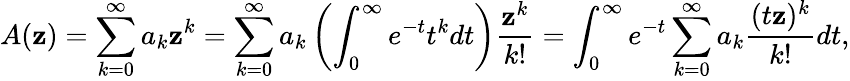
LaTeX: A(\mathbf{z})=\sum_{k=0}^{\infty}a_{k}\mathbf{z}^{k}=\sum_{k=0}^{\infty}a_{k}\left(\int_{0}^{\infty}e^{-t}t^{k}dt\right)\frac{{\mathbf{z}^{k}}}{{k!}}=\int_{0}^{\infty}e^{-t}\sum_{k=0}^{\infty}a_{k}\frac{{(t\mathbf{z})^{k}}}{{k!}}dt,